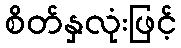
စိတ်နှလုံးဖြင့်